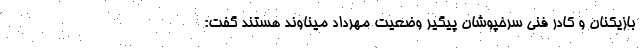
بازیکنان و کادر فنی سرخپوشان پیگیر وضعیت مهرداد میناوند هستند گفت: